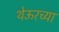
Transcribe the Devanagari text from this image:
थेऊरच्या